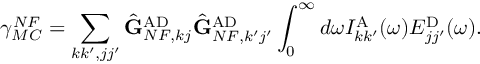
\gamma _ { M C } ^ { N F } = \sum _ { k k ^ { \prime } , j j ^ { \prime } } \hat { \mathbf { G } } _ { N F , k j } ^ { \mathrm { A D } } \hat { \mathbf { G } } _ { N F , k ^ { \prime } j ^ { \prime } } ^ { \mathrm { A D } } \int _ { 0 } ^ { \infty } d \omega I _ { k k ^ { \prime } } ^ { \mathrm { A } } ( \omega ) E _ { j j ^ { \prime } } ^ { \mathrm { D } } ( \omega ) .